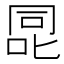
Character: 㖯